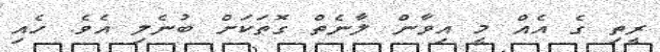
ރީތި ގެ އެއް މީ އިވާން ލާނެތް ގޮތަކަށް ބުނެލި އެވެ. ހެއި